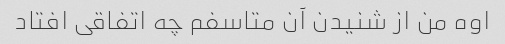
اوه من از شنیدن آن متاسفم چه اتفاقی افتاد